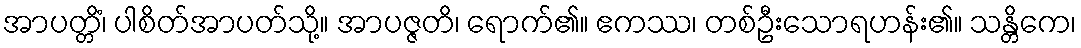
အာပတ္တိံ၊ ပါစိတ်အာပတ်သို့။ အာပဇ္ဇတိ၊ ရောက်၏။ ဧကဿ၊ တစ်ဦးသောရဟန်း၏။ သန္တိကေ၊